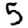
Digit: 5